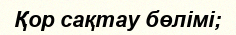
Қор сақтау бөлімі;